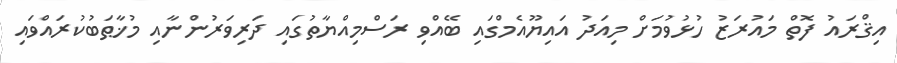
އިޤްރައު ފޮތް މައުރަޒު ހުޅުވުމަށް މިއަދު އައިޔޫއެމްގައި ބޭއްވި ރަސްމިއްޔާތުގައި ދަރިވަރުންނާއި މުޚާޠަބުކުރައްވައި